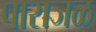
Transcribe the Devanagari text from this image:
पाराजळ